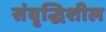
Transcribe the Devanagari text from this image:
संवृद्धिशील